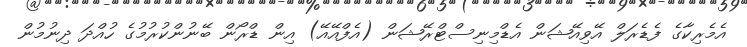
އެމެރިކާގެ ފެޑެރަލް އޭވިއޭޝަން އެޑްމިނިސްޓްރޭޝަން (އެފްއޭއޭ) އިން ޑްރޯން ބޭނުންކުރުމުގެ ހުއްދަ ދިނުމުން